Papers set at the Examination for Leaving Certificates, 1895
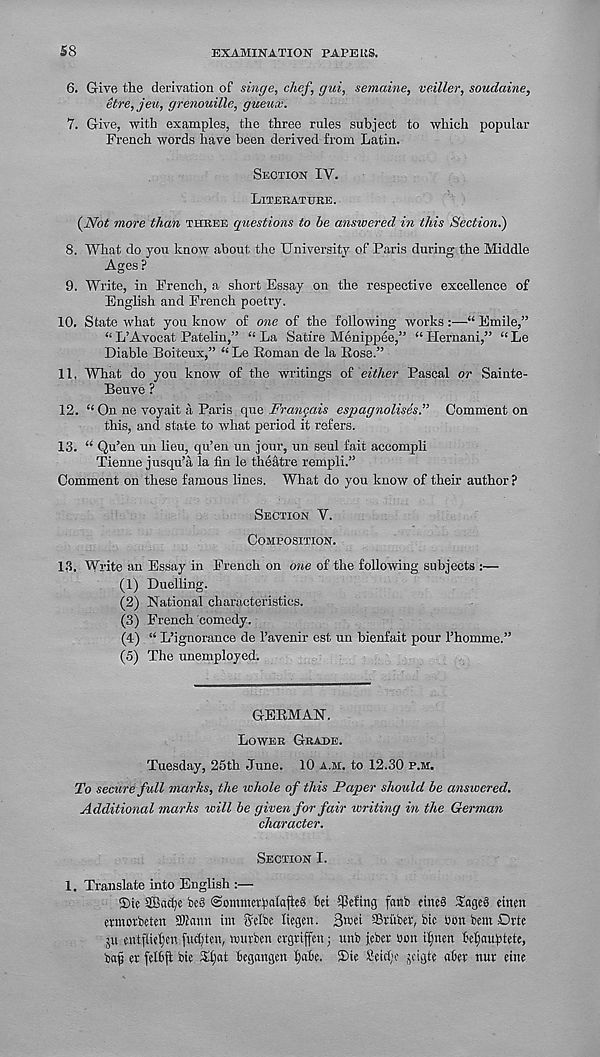
58
EXAMINATION PAPE US.
6. Give the derivation of singe, chef, gui, semaine, veiller, soudaine,
etre,jeu, grenouille, gueux.
7. Give, with examples, the three rules subject to which popular
French words have been derived from Latin.
Section IY.
Liteeatuee.
(Not more than theee questions to be answered in this Section.)
8. What do you know about the University of Paris during the Middle
Ages ?
9. Write, in French, a short Essay on the respective excellence of
English and French poetry.
10. State what you know of one of the following works:—“ Emile,”
“ L’Avocat Patelin,” “ La Satire Menippee,” “ Hernani,” “ Le
Diable Boiteux,” “ Le Roman de la Rose.”
11. What do you know of the writings of either Pascal or Sainte-
Beuve ?
12. “ On ne voyait a Paris que Frangais espagnolises.” Comment on
this, and state to what period it refers.
13. “ Qu’en un lieu, qu’en un jour, un seul fait accompli
Tienne jusqu’a la fin le theatre rempli.”
Comment on these famous lines. What do you know of their author ?
Section V.
Composition.
13. Write an Essay in French on one of the following subjects :—
(1) Duelling.
(2) National characteristics.
(3) French comedy.
(4) “ L’ignorance de 1’avenir est un bienfait pour 1’homme.”
(5) The unemployed.
GERMAN.
Lower Grade.
Tuesday, 25th June. 10 a.m. to 12.30 p.m.
To secure full marks, the whole of this Paper should be answered.
Additional marks will be given for fair writing in the German
character.
Section I.
1. Translate into English :—
$ie 2£ad?e be§ ©ottraietpalajleS £ei $eftng fanb eine§ TageS einen
etmorbeten Sftami im ffelbe liegen. Bwet SBrubet, bic Son bem Drte
ju cntfitdien fudjten, wurben cvgtifcn; unb jeber oon ilpten Mjauptete,
baf tx felfcfl bit Ttjat hegangm fyibe. ®ie 2etd;o jcigte abtr nut tine